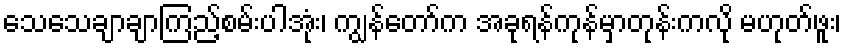
သေသေချာချာကြည့်စမ်းပါအုံး၊ ကျွန်တော်က အခုရန်ကုန်မှာတုန်းကလို မဟုတ်ဖူး၊